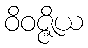
ဝိဝဇ္ဇိယ